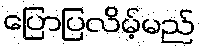
ပြောပြလိမ့်မည်